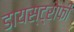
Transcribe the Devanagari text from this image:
डायस्ट्रोफी